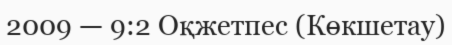
2009 — 9:2 Оқжетпес (Көкшетау)